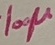
Text: 100µ